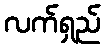
လက်ရှည်